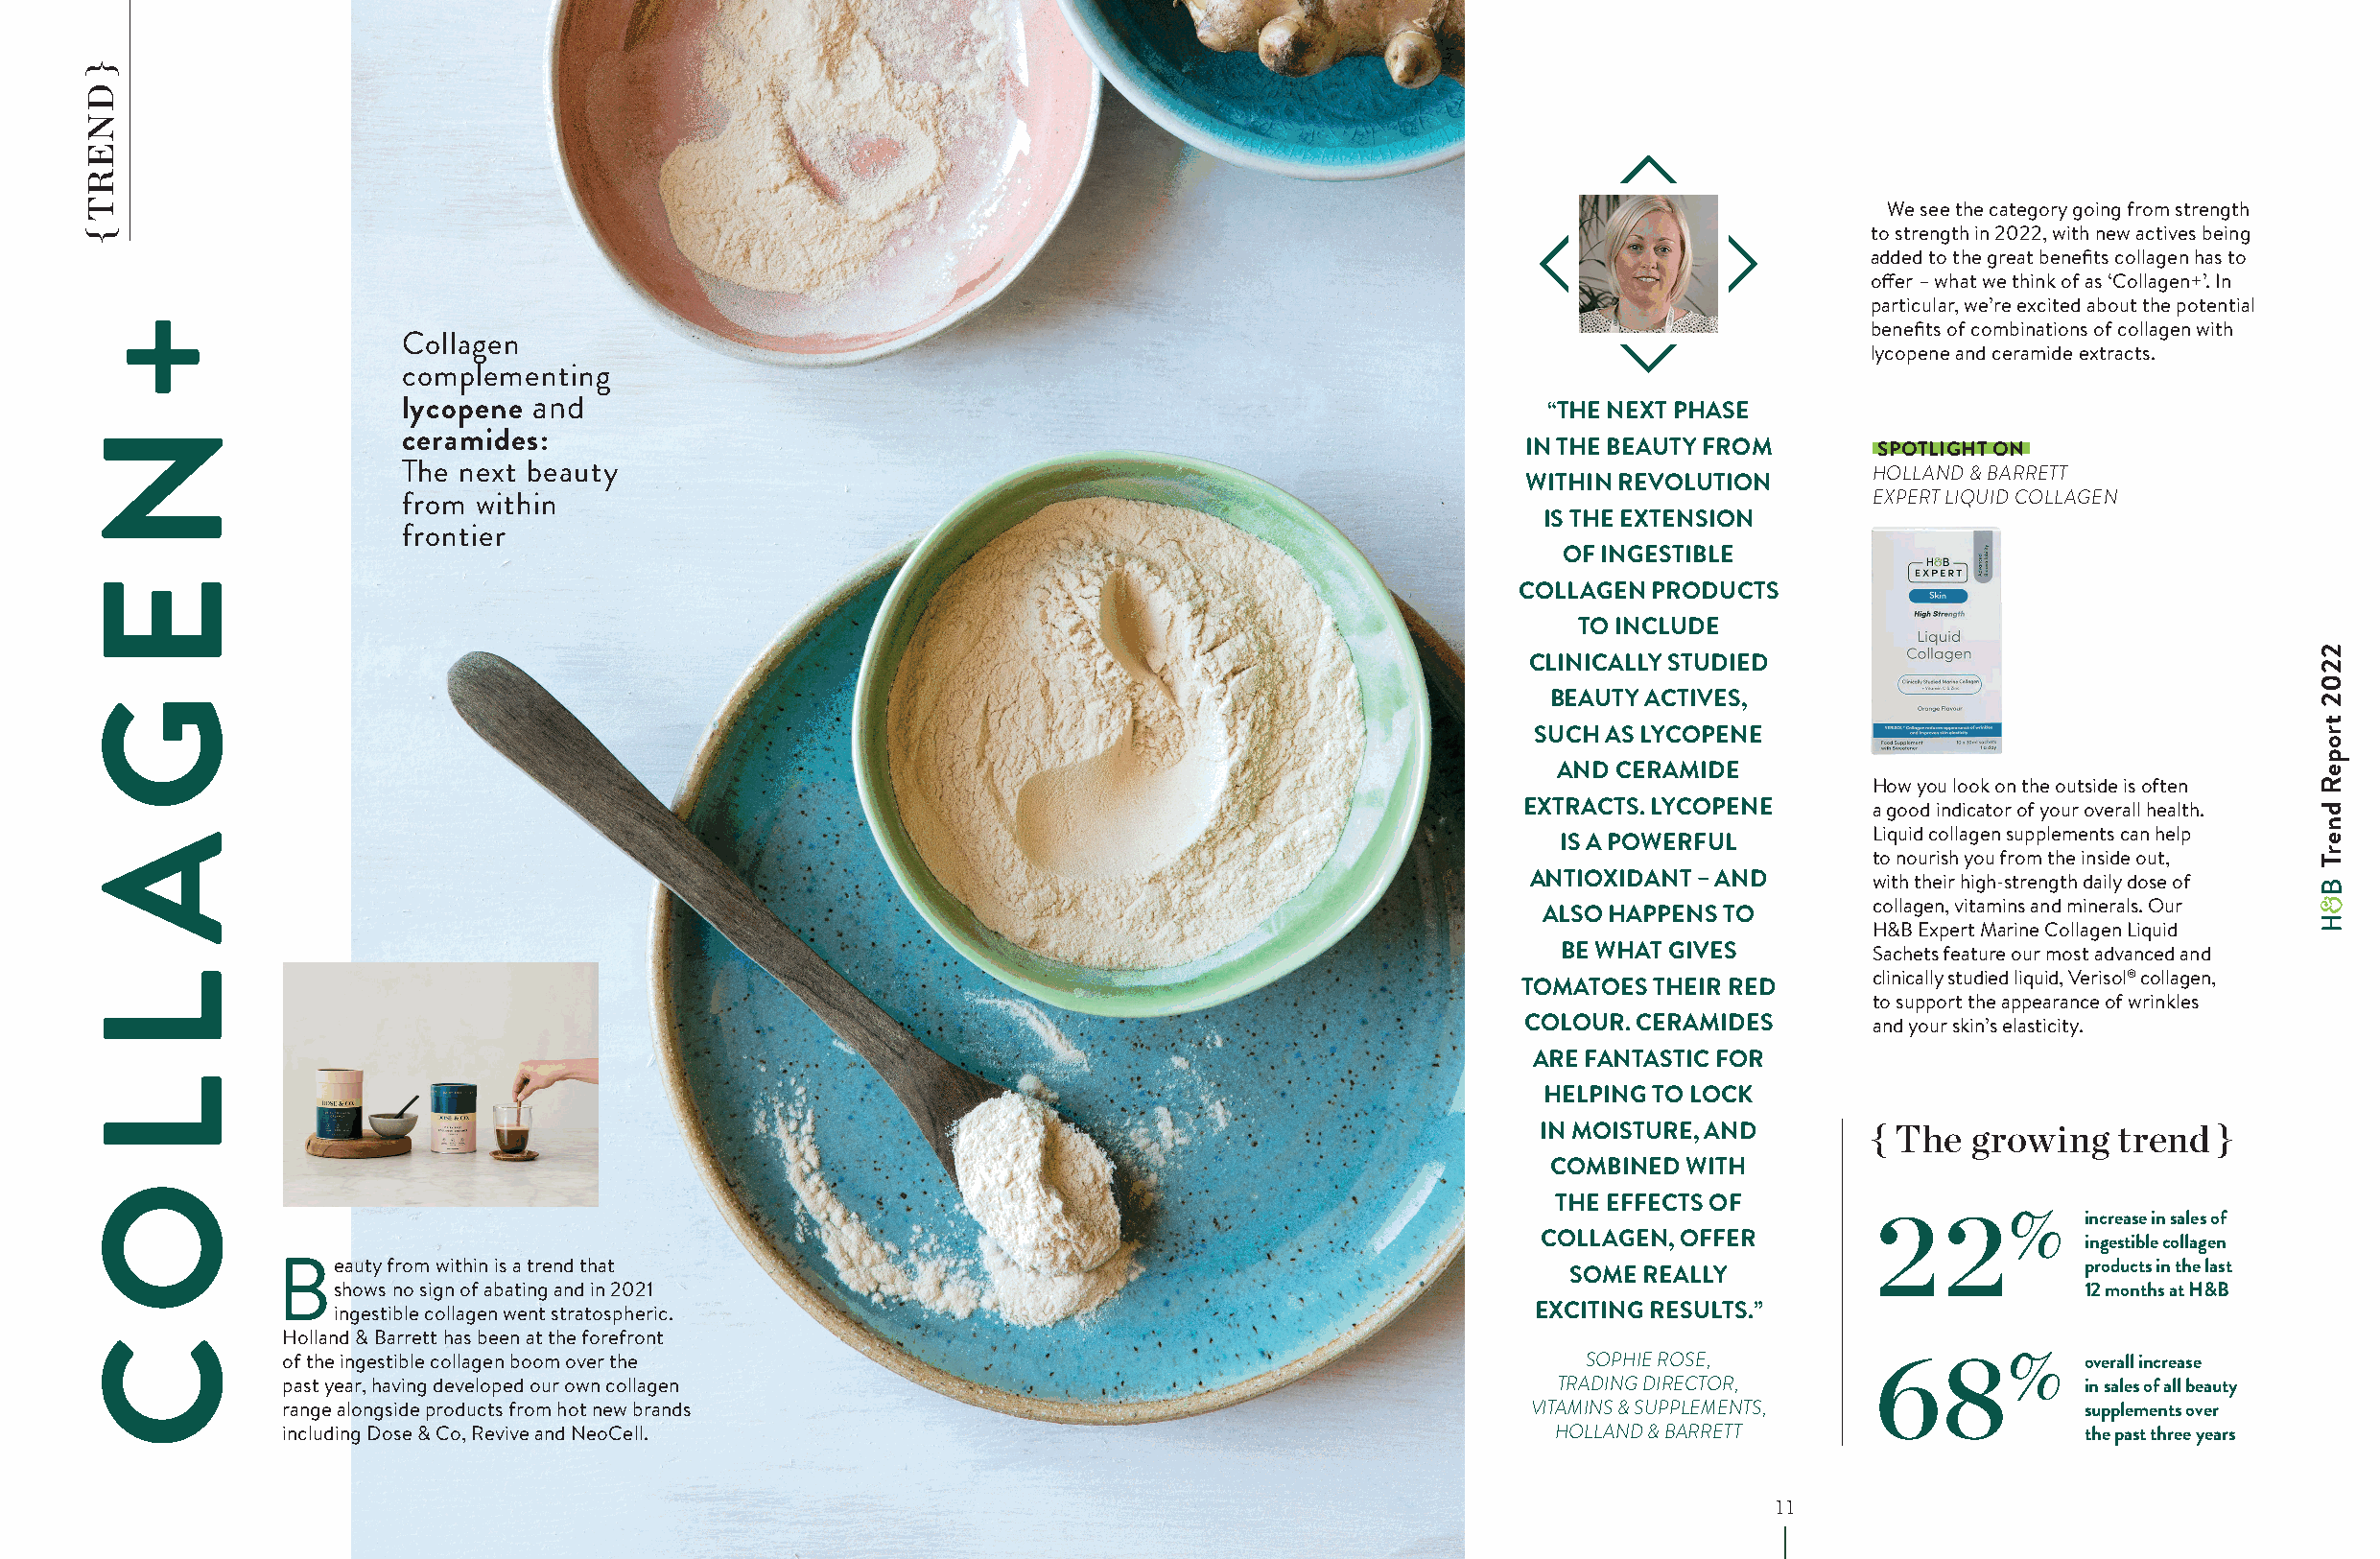
We see the category going from strength
 to strength in 2022, with new actives being
 added to the great benefits collagen has to
 offer – what we think of as ‘Collagen+’. In
 particular, we’re excited about the potential
 benefits of combinations of collagen with
 Collagen
 lycopene and ceramide extracts.
 complementing
 lycopene and                                                                   “THE NEXT PHASE
 ceramides:
 IN THE BEAUTY FROM       SPOTLIGHT ON
 The next beauty                                                                                      HOLLAND & BARRETT
 WITHIN REVOLUTION
 from within                                                                                          EXPERT LIQUID COLLAGEN
 IS THE EXTENSION
 frontier
 OF INGESTIBLE
 COLLAGEN PRODUCTS
 TO INCLUDE
 CLINICALLY STUDIED
 BEAUTY ACTIVES,
 SUCH AS LYCOPENE
 AND CERAMIDE
 How you look on the outside is often
 EXTRACTS. LYCOPENE      a good indicator of your overall health.
 Liquid collagen supplements can help
 IS A POWERFUL
 to nourish you from the inside out,
 ANTIOXIDANT – AND      with their high-strength daily dose of
 collagen, vitamins and minerals. Our
 ALSO HAPPENS TO
 H&B Expert Marine Collagen Liquid
 BE WHAT GIVES        Sachets feature our most advanced and
 clinically studied liquid, Verisol® collagen,
 TOMATOES THEIR RED
 to support the appearance of wrinkles
 COLOUR. CERAMIDES       and your skin’s elasticity.
 ARE FANTASTIC FOR
 HELPING TO LOCK
 IN MOISTURE, AND       { The  growing   trend  }
 COMBINED WITH
 THE EFFECTS OF
 22%            increase in sales of
 COLLAGEN, OFFER                       ingestible collagen
 B   eauty from within is a trend that                                                                                        products in the last
 SOME REALLY
 shows no sign of abating and in 2021                                                                                     12 months at H&B
 ingestible collagen went stratospheric.                                            EXCITING RESULTS.”
 Holland & Barrett has been at the forefront
 of the ingestible collagen boom over the                                                  SOPHIE ROSE,        68%            overall increase
 past year, having developed our own collagen                                            TRADING DIRECTOR,                    in sales of all beauty
 range alongside products from hot new brands                                           VITAMINS & SUPPLEMENTS,               supplements over
 including Dose & Co, Revive and NeoCell.                                                HOLLAND & BARRETT                    the past three years
 10                                                                                 11
 }
 DNERT
 {
 +
 N
 E
 G
 A
 L
 L
 O
 C
 2202
 tropeR
 dnerT